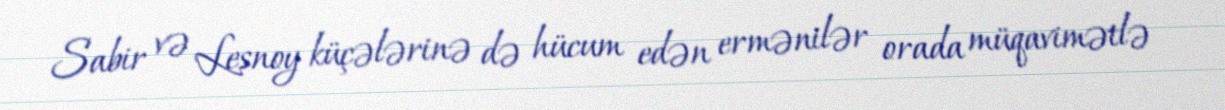
Sabir və Lesnoy küçələrinə də hücum edən ermənilər orada müqavimətlə